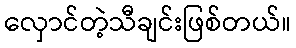
လှောင်တဲ့သီချင်းဖြစ်တယ်။